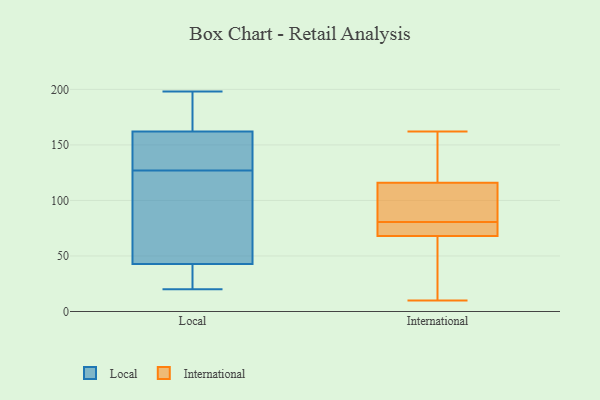
{"axis": {"x": "Page Views", "y": "Value"}, "legend": ["International", "Local"], "data": [{"x": "", "y": 54, "type": "Local"}, {"x": "", "y": 39, "type": "Local"}, {"x": "", "y": 191, "type": "Local"}, {"x": "", "y": 30, "type": "Local"}, {"x": "", "y": 156, "type": "Local"}, {"x": "", "y": 127, "type": "Local"}, {"x": "", "y": 153, "type": "Local"}, {"x": "", "y": 164, "type": "Local"}, {"x": "", "y": 91, "type": "Local"}, {"x": "", "y": 20, "type": "Local"}, {"x": "", "y": 198, "type": "Local"}, {"x": "", "y": 80, "type": "International"}, {"x": "", "y": 10, "type": "International"}, {"x": "", "y": 116, "type": "International"}, {"x": "", "y": 68, "type": "International"}, {"x": "", "y": 162, "type": "International"}, {"x": "", "y": 79, "type": "International"}, {"x": "", "y": 81, "type": "International"}, {"x": "", "y": 99, "type": "International"}, {"x": "", "y": 118, "type": "International"}, {"x": "", "y": 55, "type": "International"}]}